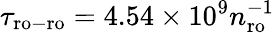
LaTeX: \tau_{\mathrm{ro-ro}}=4.54\times 10^{9}n_{\mathrm{ro}}^{-1}